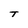
Character: T